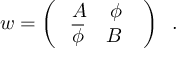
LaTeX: w = \left( \begin{array} { c c } { { \; A \; \; \; \; \phi \; \; } } \\ { { \; { \overline { { { \phi } } } } \; \; \; \; B \; \; } } \end{array} \right) \; \; .